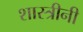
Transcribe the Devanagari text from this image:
शास्त्रीनी